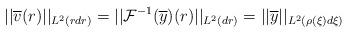
LaTeX: \begin{align*} ||\overline{v}(r)||_{L^{2}(r dr)} = ||\mathcal{F}^{-1}(\overline{y})(r)||_{L^{2}(dr)} = ||\overline{y}||_{L^{2}(\rho(\xi) d\xi)}\end{align*}